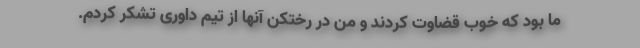
ما بود که خوب قضاوت کردند و من در رختکن آنها از تیم داوری تشکر کردم.